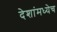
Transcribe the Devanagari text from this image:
देशांमध्येच